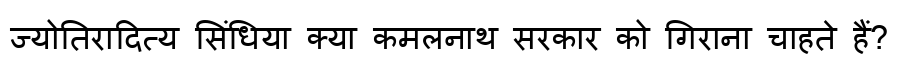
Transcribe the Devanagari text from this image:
ज्योतिरादित्य सिंधिया क्या कमलनाथ सरकार को गिराना चाहते हैं?